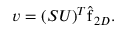
\begin{array} { r } { \boldsymbol { v } = ( \boldsymbol { S } \boldsymbol { U } ) ^ { T } \hat { \boldsymbol { \mathrm { f } } } _ { 2 D } . } \end{array}